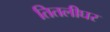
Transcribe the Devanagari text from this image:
तितलीघर